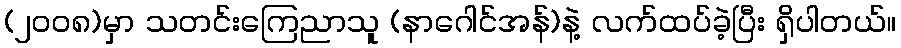
(၂၀၀၈)မှာ သတင်းကြေညာသူ (နာဂေါင်အန်)နဲ့ လက်ထပ်ခဲ့ပြီး ရှိပါတယ်။